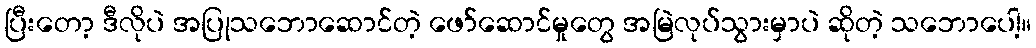
ပြီးတော့ ဒီလိုပဲ အပြုသဘောဆောင်တဲ့ ဖော်ဆောင်မှုတွေ အမြဲလုပ်သွားမှာပဲ ဆိုတဲ့ သဘောပေါ့။